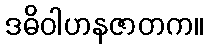
ဒဓိဝါဟနဇာတက။